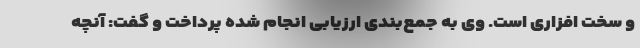
و سخت افزاری است. وی به جمع‌بندی ارزیابی انجام شده پرداخت و گفت: آنچه